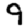
Digit: 9